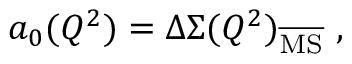
a _ { 0 } ( Q ^ { 2 } ) = \Delta \Sigma ( Q ^ { 2 } ) _ { \mathrm { \overline { { { M S } } } } } ~ ,